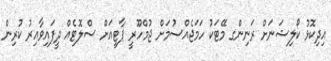
އިދިކޮޅު ކޯލިޝަނަށް ރަނިންގ މޭޓަކު ހަމަޖެއްސުމަށް ޖުމްހޫރީ ޕާޓީއަށް ސްލޮޓެއް ދީފައިވާއިރު ކުރިން